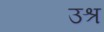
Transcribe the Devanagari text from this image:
उश्र